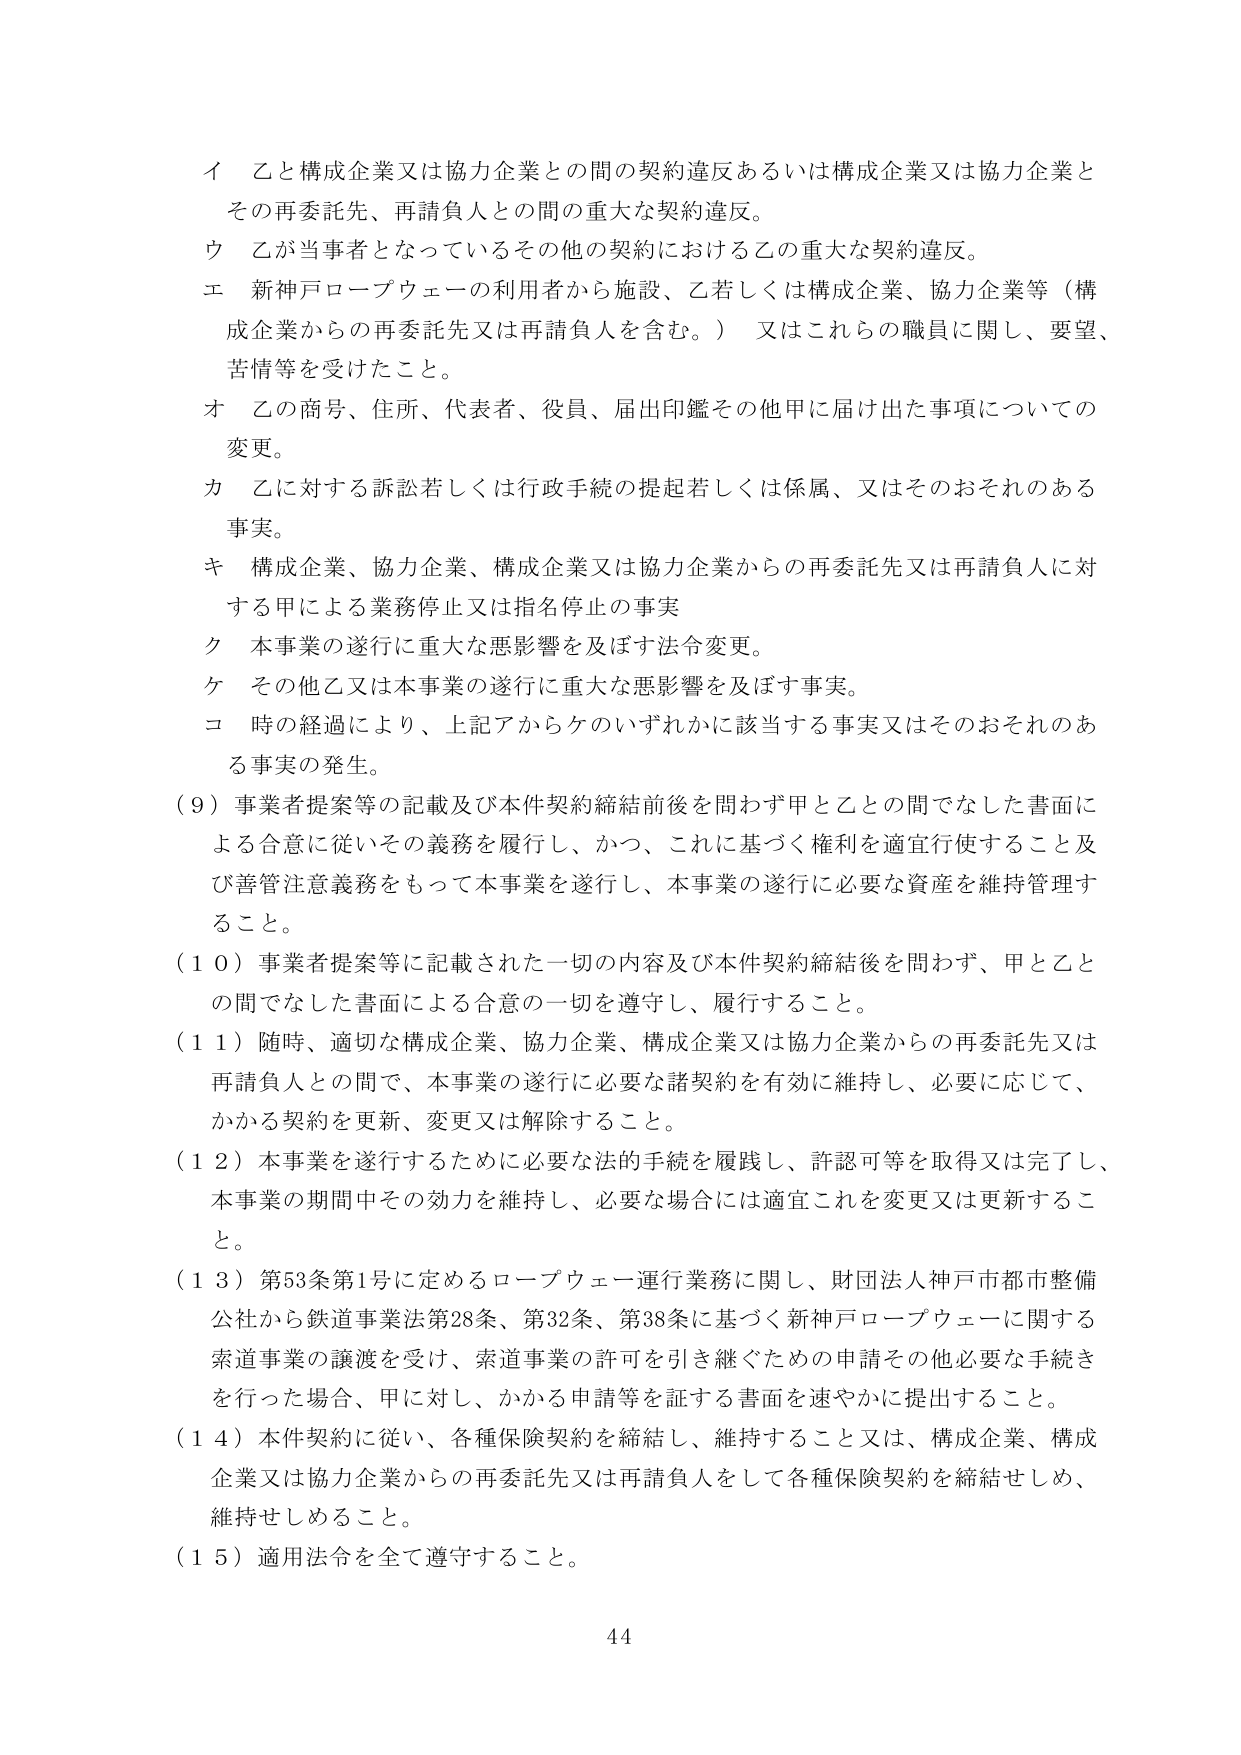
イ 乙と構成企業又は協力企業との間の契約違反あるいは構成企業又は協力企業とその再委託先、再請負人との間の重大な契約違反。
ウ 乙が当事者となっているその他の契約における乙の重大な契約違反。
エ 新神戸ロープウェーの利用者から施設、乙若しくは構成企業、協力企業等（構成企業からの再委託先又は再請負人を含む。）又はこれらの職員に関し、要望、苦情等を受けたこと。
オ 乙の商号、住所、代表者、役員、届出印鑑その他甲に届け出た事項についての変更。
カ 乙に対する訴訟若しくは行政手続の提起若しくは係属、又はそのおそれのある事実。
キ 構成企業、協力企業、構成企業又は協力企業からの再委託先又は再請負人に対する甲による業務停止又は指名停止の事実
ク 本事業の遂行に重大な悪影響を及ぼす法令変更。
ケ その他乙又は本事業の遂行に重大な悪影響を及ぼす事実。
コ 時の経過により、上記アからケのいずれかに該当する事実又はそのおそれのある事実の発生。

（９）事業者提案等の記載及び本件契約締結前後を問わず甲と乙との間でなした書面による合意に従いその義務を履行し、かつ、これに基づく権利を適宜行使すること及び善管注意義務をもって本事業を遂行し、本事業の遂行に必要な資産を維持管理すること。

（１０）事業者提案等に記載された一切の内容及び本件契約締結後を問わず、甲と乙との間でなした書面による合意の一切を遵守し、履行すること。

（１１）随時、適切な構成企業、協力企業、構成企業又は協力企業からの再委託先又は再請負人との間で、本事業の遂行に必要な諸契約を有効に維持し、必要に応じて、かかる契約を更新、変更又は解除すること。

（１２）本事業を遂行するために必要な法的手続を履践し、許認可等を取得又は完了し、本事業の期間中その効力を維持し、必要な場合には適宜これを変更又は更新すること。

（１３）第53条第1号に定めるロープウェー運行業務に関し、財団法人神戸市都市整備公社から鉄道事業法第28条、第32条、第38条に基づく新神戸ロープウェーに関する索道事業の譲渡を受け、索道事業の許可を引き継ぐための申請その他必要な手続きを行った場合、甲に対し、かかる申請等を証する書面を速やかに提出すること。

（１４）本件契約に従い、各種保険契約を締結し、維持すること又は、構成企業、構成企業又は協力企業からの再委託先又は再請負人をして各種保険契約を締結せしめ、維持せしめること。

（１５）適用法令を全て遵守すること。

44